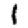
Digit: 1